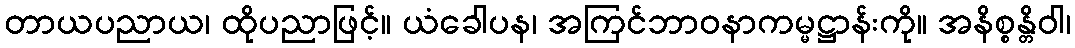
တာယပညာယ၊ ထိုပညာဖြင့်။ ယံခေါပန၊ အကြင်ဘာဝနာကမ္မဋ္ဌာန်းကို။ အနိစ္စန္တိဝါ၊